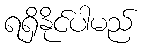
ရရှိနိုင်ပါမည်